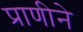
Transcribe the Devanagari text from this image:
प्राणीने